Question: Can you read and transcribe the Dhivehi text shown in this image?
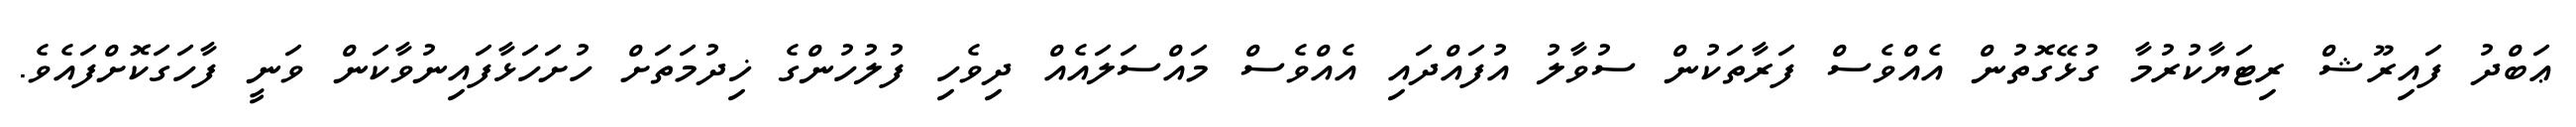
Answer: ޢަބްދު ފައިރޫޝް ރިޓަޔާކުރުމާ ގުޅޭގޮތުން އެއްވެސް ފަރާތަކުން ސުވާލު އުފައްދައި އެއްވެސް މައްސަލައެއް ދިވެހި ފުލުހުންގެ ޚިދުމަތަށް ހުށަހަޅާފައިނުވާކަން ވަނީ ފާހަގަކޮށްފައެވެ.